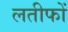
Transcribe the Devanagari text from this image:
लतीफों